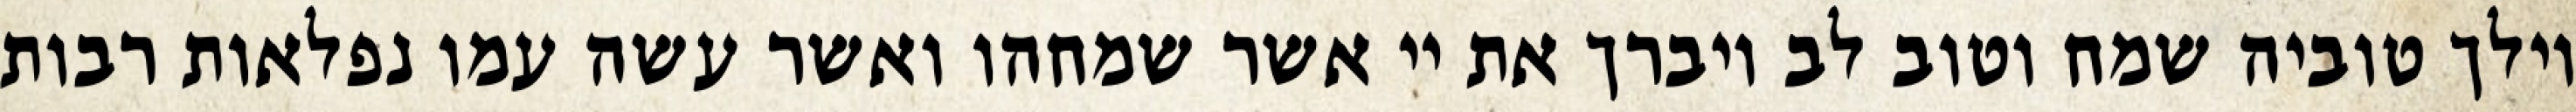
וילך טוביה שמח וטוב לב ויברך את יי אשר שמחהו ואשר עשה עמו נפלאות רבות